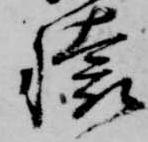
懐